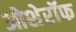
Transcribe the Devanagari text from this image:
ओशेरॉफ